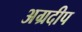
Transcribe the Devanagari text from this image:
अग्रदीप